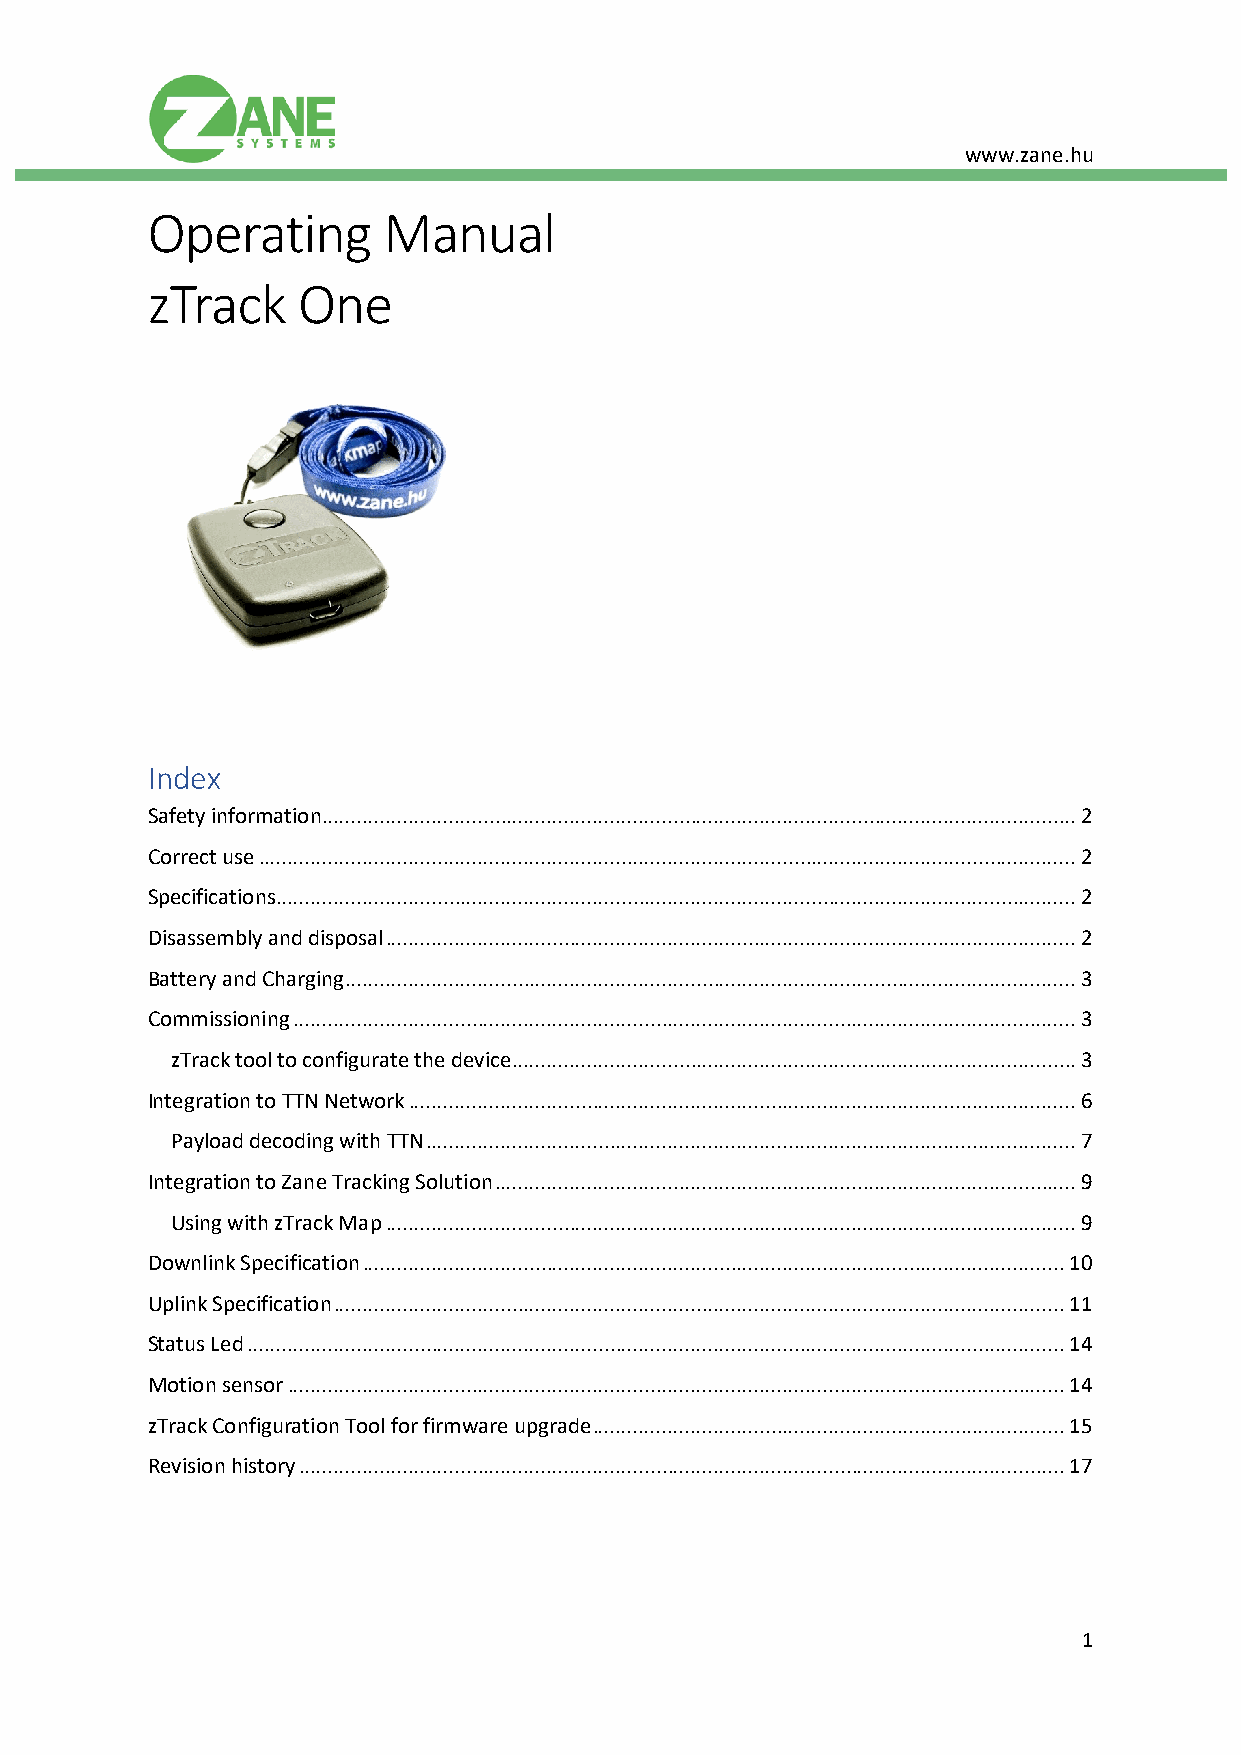
www.zane.hu
 Operating      Manual
 zTrack    One
 Index
 Safety information ................................................................................................................................... 2
 Correct use .............................................................................................................................................. 2
 Specifications ........................................................................................................................................... 2
 Disassembly and disposal ........................................................................................................................ 2
 Battery and Charging ............................................................................................................................... 3
 Commissioning ........................................................................................................................................ 3
 zTrack tool to configurate the device .................................................................................................. 3
 Integration to TTN Network .................................................................................................................... 6
 Payload decoding with TTN ................................................................................................................. 7
 Integration to Zane Tracking Solution ..................................................................................................... 9
 Using with zTrack Map ........................................................................................................................ 9
 Downlink Specification .......................................................................................................................... 10
 Uplink Specification ............................................................................................................................... 11
 Status Led .............................................................................................................................................. 14
 Motion sensor ....................................................................................................................................... 14
 zTrack Configuration Tool for firmware upgrade .................................................................................. 15
 Revision history ..................................................................................................................................... 17
 1